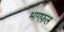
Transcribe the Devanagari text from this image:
भागफ़ल